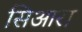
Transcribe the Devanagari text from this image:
सिआरा